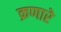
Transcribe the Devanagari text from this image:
क्रणारे